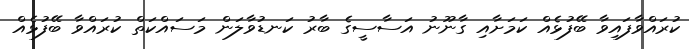
ކުރައްވާފައިވާ ބޭފުޅެއް ކަމަށާއި ގާނޫނު އަސާސީގެ ބާރު ކަނޑުވާލަން މަސައްކަތް ކުރައްވާ ބޭފުޅެއް